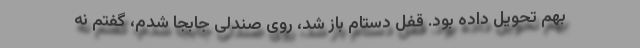
بهم تحویل داده بود. قفل دستام باز شد، روی صندلی جابجا شدم، گفتم نه